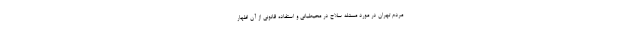
مردم تهران در مورد مسئله سلاح در محیطبانی و استفاده قانونی از آن اظهار